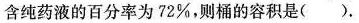
含纯药液的百分率为72%，则桶的容积是().